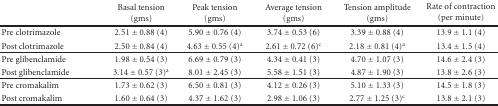
|  | Basal tension (gms) | Peak tension (gms) | Average tension (gms) | Tension amplitude (gms) | Rate of contraction (per minute) |
 | --- | --- | --- | --- | --- | --- |
 | Pre clotrimazole | 2.51 ± 0.88 (4) | 5.90 ± 0.76 (4) | 3.74 ± 0.53 (6) | 3.39 ± 0.88 (4) | 13.9 ± 1.1 (4) |
 | Post clotrimazole | 2.50 ± 0.84 (4) | 4.63 ± 0.55 (4)a | 2.61 ± 0.72 (6)c | 2.18 ± 0.81 (4)a | 13.4 ± 1.5 (4) |
 | Pre glibenclamide | 1.98 ± 0.54 (3) | 6.69 ± 0.79 (3) | 4.34 ± 0.41 (3) | 4.70 ± 1.07 (3) | 14.6 ± 2.4 (3) |
 | Post glibenclamide | 3.14 ± 0.57 (3)a | 8.01 ± 2.45 (3) | 5.58 ± 1.51 (3) | 4.87 ± 1.90 (3) | 13.8 ± 2.6 (3) |
 | Pre cromakalim | 1.73 ± 0.62 (3) | 6.50 ± 0.81 (3) | 4.12 ± 0.26 (3) | 5.10 ± 1.33 (3) | 14.5 ± 1.8 (3) |
 | Post cromakalim | 1.60 ± 0.64 (3) | 4.37 ± 1.62 (3) | 2.98 ± 1.06 (3) | 2.77 ± 1.25 (3)c | 13.8 ± 2.1 (3) |